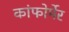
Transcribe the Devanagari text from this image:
कांफोर्मेर